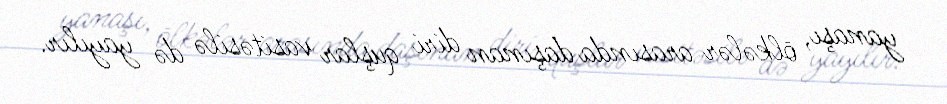
yanaşı, ölkələr arasında daşınan diri quşlar vasitəsilə də yayılır.